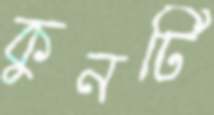
কুনটি